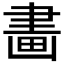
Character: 畵